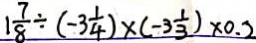
1 \frac { 7 } { 8 } \div ( - 3 \frac { 1 } { 4 } ) \times ( - 3 \frac { 1 } { 3 } ) \times 0 . 2